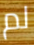
لم